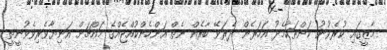
މާޒީގައި ކުރެވުނު ކަންތަކާމެދު އަހަރެން ދެރަވޭ ބާރެއް ނެތް އަންހެންކުއްޖެއްގެ މައްޗަށް އަނިޔާވެރިވެވުނީތީ